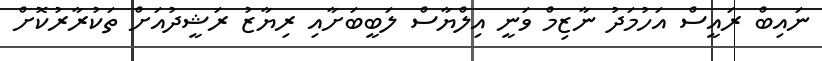
ނައިބް ރައީސް އަހުމަދު ނާޒިމް ވަނީ އިލްޔާސް ލަބީބަށާއި ރިޔާޒު ރަޝީދުއަށް ތަކުރާރުކޮށް